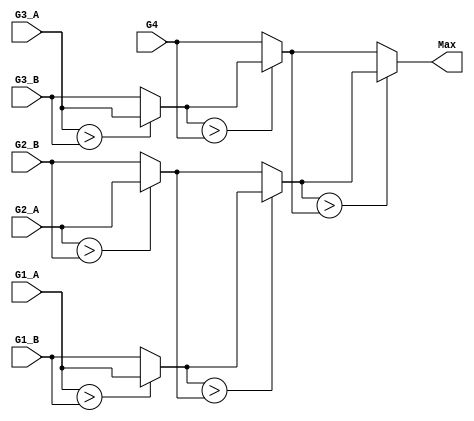
module MAX7 #(
    parameter wordsize = 11
    )(
    input signed [wordsize-1:0] G4,
    input signed [wordsize-1:0] G2_A,
    input signed [wordsize-1:0] G2_B,
    input signed [wordsize-1:0] G3_A,
    input signed [wordsize-1:0] G1_A,
    input signed [wordsize-1:0] G1_B,
    input signed [wordsize-1:0] G3_B,
    output signed [wordsize-1:0] Max
    // output reg [2:0] act
    );
    // `include "./dat/action.dat"
    wire signed [wordsize-1:0] temp_Ix_Iy;
    wire signed [wordsize-1:0] temp_Ixy_Iyz;
    wire signed [wordsize-1:0] temp_Ixz_Iz;
    wire signed [wordsize-1:0] temp_Ixz_Iz_M;
    wire signed [wordsize-1:0] temp_Ix_Iy_Ixy_Iyz;
    wire signed [wordsize-1:0] temp_out;

    assign temp_Ix_Iy   = ($signed(G1_A) > $signed(G1_B))? G1_A : G1_B;
    assign temp_Ixy_Iyz = ($signed(G2_A) > $signed(G2_B))? G2_A : G2_B;
    assign temp_Ixz_Iz  = ($signed(G3_A) > $signed(G3_B))? G3_A : G3_B;

    assign temp_Ix_Iy_Ixy_Iyz = ($signed(temp_Ix_Iy)         > $signed(temp_Ixy_Iyz))?  temp_Ix_Iy         : temp_Ixy_Iyz;
    assign temp_Ixz_Iz_M      = ($signed(temp_Ixz_Iz)        > $signed(G4))?            temp_Ixz_Iz        : G4;
    assign temp_out           = ($signed(temp_Ix_Iy_Ixy_Iyz) > $signed(temp_Ixz_Iz_M))? temp_Ix_Iy_Ixy_Iyz : temp_Ixz_Iz_M;
    assign Max = temp_out;
    // assign act = temp_out[2:0];

endmodule

module PE #(parameter wordsize = 11)
 (clk, rst, M_o, Ix_o, Iy_o, Iz_o, Ixy_o, Iyz_o, Ixz_o, A_i, B_i, C_i, A_o, EN_i,
 M_1_i, Ix_1_i, Iy_1_i, Iz_1_i, Ixy_1_i, Iyz_1_i, Ixz_1_i,
 M_2_i, Ix_2_i, Iy_2_i, Iz_2_i, Ixy_2_i, Iyz_2_i, Ixz_2_i, 
 M_3_i, Ix_3_i, Iy_3_i, Iz_3_i, Ixy_3_i, Iyz_3_i, Ixz_3_i, EN_o, pp_counter);

input clk;
input rst; 
input EN_i;
input [3:0] A_i;
input [3:0] B_i, C_i; //B, C will store in the same PE
input [2:0] pp_counter;
input signed [wordsize-1:0] M_1_i, Ix_1_i, Iy_1_i, Iz_1_i, Ixy_1_i, Iyz_1_i, Ixz_1_i;
input signed [wordsize-1:0] M_2_i, Ix_2_i, Iy_2_i, Iz_2_i, Ixy_2_i, Iyz_2_i, Ixz_2_i;
input signed [wordsize-1:0] M_3_i, Ix_3_i, Iy_3_i, Iz_3_i, Ixy_3_i, Iyz_3_i, Ixz_3_i;
output signed [wordsize-1:0] M_o, Ix_o, Iy_o, Iz_o, Ixy_o, Iyz_o, Ixz_o;
output [3:0] A_o;
output EN_o;


// parameter wordsize = 5;
localparam MATCH = 1;
localparam MISMATCH = -1;
localparam GO = 2;
localparam GE = 1;
localparam GO2 = GO << 1;
localparam GE2 = GE << 1;
localparam GOGE = GO + GE;

reg [1:0] A, nxt_A;
reg [1:0] A_d, nxt_A_d;
reg [1:0] B, nxt_B;
reg [1:0] C, nxt_C;
reg EN, nxt_EN;
reg EN_d, nxt_EN_d;
reg init, nxt_init;

reg signed [wordsize-1:0] M, nxt_M;
reg signed [wordsize-1:0] Ix, nxt_Ix;
reg signed [wordsize-1:0] Iy, nxt_Iy;
reg signed [wordsize-1:0] Iz, nxt_Iz;
reg signed [wordsize-1:0] Ixy, nxt_Ixy;
reg signed [wordsize-1:0] Iyz, nxt_Iyz;
reg signed [wordsize-1:0] Ixz, nxt_Ixz;

reg signed [wordsize-1:0] M_1_d1, nxt_M_1_d1;
reg signed [wordsize-1:0] Ix_1_d1, nxt_Ix_1_d1;
reg signed [wordsize-1:0] Iy_1_d1, nxt_Iy_1_d1;
reg signed [wordsize-1:0] Iz_1_d1, nxt_Iz_1_d1;
reg signed [wordsize-1:0] Ixy_1_d1, nxt_Ixy_1_d1;
reg signed [wordsize-1:0] Iyz_1_d1, nxt_Iyz_1_d1;
reg signed [wordsize-1:0] Ixz_1_d1, nxt_Ixz_1_d1;
reg signed [wordsize-1:0] M_1_d2, nxt_M_1_d2;
reg signed [wordsize-1:0] Ix_1_d2, nxt_Ix_1_d2;
reg signed [wordsize-1:0] Iy_1_d2, nxt_Iy_1_d2;
reg signed [wordsize-1:0] Iz_1_d2, nxt_Iz_1_d2;
reg signed [wordsize-1:0] Ixy_1_d2, nxt_Ixy_1_d2;
reg signed [wordsize-1:0] Iyz_1_d2, nxt_Iyz_1_d2;
reg signed [wordsize-1:0] Ixz_1_d2, nxt_Ixz_1_d2;

reg signed [wordsize-1:0] M_2_d1, nxt_M_2_d1;
reg signed [wordsize-1:0] Ix_2_d1, nxt_Ix_2_d1;
reg signed [wordsize-1:0] Iy_2_d1, nxt_Iy_2_d1;
reg signed [wordsize-1:0] Iz_2_d1, nxt_Iz_2_d1;
reg signed [wordsize-1:0] Ixy_2_d1, nxt_Ixy_2_d1;
reg signed [wordsize-1:0] Iyz_2_d1, nxt_Iyz_2_d1;
reg signed [wordsize-1:0] Ixz_2_d1, nxt_Ixz_2_d1;

reg signed [wordsize-1:0] M_3_d1, nxt_M_3_d1;
reg signed [wordsize-1:0] Ix_3_d1, nxt_Ix_3_d1;
reg signed [wordsize-1:0] Iy_3_d1, nxt_Iy_3_d1;
reg signed [wordsize-1:0] Iz_3_d1, nxt_Iz_3_d1;
reg signed [wordsize-1:0] Ixy_3_d1, nxt_Ixy_3_d1;
reg signed [wordsize-1:0] Iyz_3_d1, nxt_Iyz_3_d1;
reg signed [wordsize-1:0] Ixz_3_d1, nxt_Ixz_3_d1;

// reg signed [wordsize-1:0] M_max_d, nxt_M_max_d;
// reg signed [wordsize-1:0] Ix_max_d, nxt_Ix_max_d;
// reg signed [wordsize-1:0] Iy_max_d, nxt_Iy_max_d;
// reg signed [wordsize-1:0] Iz_max_d, nxt_Iz_max_d;
// reg signed [wordsize-1:0] Ixy_max_d, nxt_Ixy_max_d;
// reg signed [wordsize-1:0] Iyz_max_d, nxt_Iyz_max_d;
// reg signed [wordsize-1:0] Ixz_max_d, nxt_Ixz_max_d;

wire signed [wordsize-1:0] M_max_o;
wire signed [wordsize-1:0] Ix_max_o;
wire signed [wordsize-1:0] Iy_max_o;
wire signed [wordsize-1:0] Iz_max_o;
wire signed [wordsize-1:0] Ixy_max_o;
wire signed [wordsize-1:0] Iyz_max_o;
wire signed [wordsize-1:0] Ixz_max_o;

wire signed [wordsize-1:0] M_max_M_i, M_max_Ix_i, M_max_Iy_i, M_max_Iz_i, M_max_Ixy_i, M_max_Iyz_i, M_max_Ixz_i;
wire signed [wordsize-1:0] Ix_max_M_i, Ix_max_Ix_i, Ix_max_Iy_i, Ix_max_Iz_i, Ix_max_Ixy_i, Ix_max_Iyz_i, Ix_max_Ixz_i;
wire signed [wordsize-1:0] Iy_max_M_i, Iy_max_Ix_i, Iy_max_Iy_i, Iy_max_Iz_i, Iy_max_Ixy_i, Iy_max_Iyz_i, Iy_max_Ixz_i;
wire signed [wordsize-1:0] Iz_max_M_i, Iz_max_Ix_i, Iz_max_Iy_i, Iz_max_Iz_i, Iz_max_Ixy_i, Iz_max_Iyz_i, Iz_max_Ixz_i;
wire signed [wordsize-1:0] Ixy_max_M_i, Ixy_max_Ix_i, Ixy_max_Iy_i, Ixy_max_Iz_i, Ixy_max_Ixy_i, Ixy_max_Iyz_i, Ixy_max_Ixz_i;
wire signed [wordsize-1:0] Iyz_max_M_i, Iyz_max_Ix_i, Iyz_max_Iy_i, Iyz_max_Iz_i, Iyz_max_Ixy_i, Iyz_max_Iyz_i, Iyz_max_Ixz_i;
wire signed [wordsize-1:0] Ixz_max_M_i, Ixz_max_Ix_i, Ixz_max_Iy_i, Ixz_max_Iz_i, Ixz_max_Ixy_i, Ixz_max_Iyz_i, Ixz_max_Ixz_i;

reg signed [wordsize-1:0] M_max_M_d, M_max_Ix_d, M_max_Iy_d, M_max_Iz_d, M_max_Ixy_d, M_max_Iyz_d, M_max_Ixz_d;
reg signed [wordsize-1:0] Ix_max_M_d, Ix_max_Ix_d, Ix_max_Iy_d, Ix_max_Iz_d, Ix_max_Ixy_d, Ix_max_Iyz_d, Ix_max_Ixz_d;
reg signed [wordsize-1:0] Iy_max_M_d, Iy_max_Ix_d, Iy_max_Iy_d, Iy_max_Iz_d, Iy_max_Ixy_d, Iy_max_Iyz_d, Iy_max_Ixz_d;
reg signed [wordsize-1:0] Iz_max_M_d, Iz_max_Ix_d, Iz_max_Iy_d, Iz_max_Iz_d, Iz_max_Ixy_d, Iz_max_Iyz_d, Iz_max_Ixz_d;
reg signed [wordsize-1:0] Ixy_max_M_d, Ixy_max_Ix_d, Ixy_max_Iy_d, Ixy_max_Iz_d, Ixy_max_Ixy_d, Ixy_max_Iyz_d, Ixy_max_Ixz_d;
reg signed [wordsize-1:0] Iyz_max_M_d, Iyz_max_Ix_d, Iyz_max_Iy_d, Iyz_max_Iz_d, Iyz_max_Ixy_d, Iyz_max_Iyz_d, Iyz_max_Ixz_d;
reg signed [wordsize-1:0] Ixz_max_M_d, Ixz_max_Ix_d, Ixz_max_Iy_d, Ixz_max_Iz_d, Ixz_max_Ixy_d, Ixz_max_Iyz_d, Ixz_max_Ixz_d;

reg signed [wordsize-1:0] nxt_M_max_M_d, nxt_M_max_Ix_d, nxt_M_max_Iy_d, nxt_M_max_Iz_d, nxt_M_max_Ixy_d, nxt_M_max_Iyz_d, nxt_M_max_Ixz_d;
reg signed [wordsize-1:0] nxt_Ix_max_M_d, nxt_Ix_max_Ix_d, nxt_Ix_max_Iy_d, nxt_Ix_max_Iz_d, nxt_Ix_max_Ixy_d, nxt_Ix_max_Iyz_d, nxt_Ix_max_Ixz_d;
reg signed [wordsize-1:0] nxt_Iy_max_M_d, nxt_Iy_max_Ix_d, nxt_Iy_max_Iy_d, nxt_Iy_max_Iz_d, nxt_Iy_max_Ixy_d, nxt_Iy_max_Iyz_d, nxt_Iy_max_Ixz_d;
reg signed [wordsize-1:0] nxt_Iz_max_M_d, nxt_Iz_max_Ix_d, nxt_Iz_max_Iy_d, nxt_Iz_max_Iz_d, nxt_Iz_max_Ixy_d, nxt_Iz_max_Iyz_d, nxt_Iz_max_Ixz_d;
reg signed [wordsize-1:0] nxt_Ixy_max_M_d, nxt_Ixy_max_Ix_d, nxt_Ixy_max_Iy_d, nxt_Ixy_max_Iz_d, nxt_Ixy_max_Ixy_d, nxt_Ixy_max_Iyz_d, nxt_Ixy_max_Ixz_d;
reg signed [wordsize-1:0] nxt_Iyz_max_M_d, nxt_Iyz_max_Ix_d, nxt_Iyz_max_Iy_d, nxt_Iyz_max_Iz_d, nxt_Iyz_max_Ixy_d, nxt_Iyz_max_Iyz_d, nxt_Iyz_max_Ixz_d;
reg signed [wordsize-1:0] nxt_Ixz_max_M_d, nxt_Ixz_max_Ix_d, nxt_Ixz_max_Iy_d, nxt_Ixz_max_Iz_d, nxt_Ixz_max_Ixy_d, nxt_Ixz_max_Iyz_d, nxt_Ixz_max_Ixz_d;


wire signed [wordsize-1:0] temp_AB, temp_BC, temp_AC, temp_ABC;

// MAX7 #(.wordsize(wordsize))M_max(.G4(M_max_d), .G1_A(Ix_max_d), .G1_B(Iy_max_d), .G3_A(Iz_max_d), .G2_A(Ixy_max_d), .G2_B(Iyz_max_d), .G3_B(Ixz_max_d), .Max(M_max_o));
// MAX7 #(.wordsize(wordsize))M_max(.G4(M_max_M_i), .G1_A(Ix_max_o), .G1_B(Iy_max_o), .G3_A(Iz_max_o), .G2_A(Ixy_max_o), .G2_B(Iyz_max_o), .G3_B(Ixz_max_o), .Max(M_max_o));
// MAX7 #(.wordsize(wordsize))M_max(.G4(M_max_M_i), .G1_A(M_max_Ix_i), .G1_B(M_max_Iy_i), .G3_A(M_max_Iz_i), .G2_A(M_max_Ixy_i), .G2_B(M_max_Iyz_i), .G3_B(M_max_Ixz_i), .Max(M_max_o));
// MAX7 #(.wordsize(wordsize))Ix_max(.G4(Ix_max_Ix_i), .G1_A(Ix_max_M_i), .G1_B(Ix_max_Iyz_i), .G3_A(Ix_max_Iy_i), .G2_A(Ix_max_Ixy_i), .G2_B(Ix_max_Ixz_i), .G3_B(Ix_max_Iz_i), .Max(Ix_max_o));
// MAX7 #(.wordsize(wordsize))Iy_max(.G4(Iy_max_Iy_i), .G1_A(Iy_max_M_i), .G1_B(Iy_max_Ixz_i), .G3_A(Iy_max_Ix_i), .G2_A(Iy_max_Ixy_i), .G2_B(Iy_max_Iyz_i), .G3_B(Iy_max_Iz_i), .Max(Iy_max_o));
// MAX7 #(.wordsize(wordsize))Iz_max(.G4(Iz_max_Iz_i), .G1_A(Iz_max_M_i), .G1_B(Iz_max_Ixy_i), .G3_A(Iz_max_Ix_i), .G2_A(Iz_max_Ixz_i), .G2_B(Iz_max_Iyz_i), .G3_B(Iz_max_Iy_i), .Max(Iz_max_o));
// MAX7 #(.wordsize(wordsize))Ixy_max(.G4(Ixy_max_Iy_i), .G1_A(Ixy_max_M_i), .G1_B(Ixy_max_Ixz_i), .G3_A(Ixy_max_Iyz_i), .G2_A(Ixy_max_Ixy_i), .G2_B(Ixy_max_Ix_i), .G3_B(Ixy_max_Iz_i), .Max(Ixy_max_o));
// MAX7 #(.wordsize(wordsize))Iyz_max(.G4(Iyz_max_Iz_i), .G1_A(Iyz_max_M_i), .G1_B(Iyz_max_Ixy_i), .G3_A(Iyz_max_Iyz_i), .G2_A(Iyz_max_Ixz_i), .G2_B(Iyz_max_Ix_i), .G3_B(Iyz_max_Iy_i), .Max(Iyz_max_o));
// MAX7 #(.wordsize(wordsize))Ixz_max(.G4(Ixz_max_Iz_i), .G1_A(Ixz_max_M_i), .G1_B(Ixz_max_Ixy_i), .G3_A(Ixz_max_Iyz_i), .G2_A(Ixz_max_Ixz_i), .G2_B(Ixz_max_Ix_i), .G3_B(Ixz_max_Iy_i), .Max(Ixz_max_o));
MAX7 #(.wordsize(wordsize))M_max(.G4(M_max_M_d), .G1_A(M_max_Ix_d), .G1_B(M_max_Iy_d), .G3_A(M_max_Iz_d), .G2_A(M_max_Ixy_d), .G2_B(M_max_Iyz_d), .G3_B(M_max_Ixz_d), .Max(M_max_o));
MAX7 #(.wordsize(wordsize))Ix_max(.G4(Ix_max_Ix_d), .G1_A(Ix_max_M_d), .G1_B(Ix_max_Iyz_d), .G3_A(Ix_max_Iy_d), .G2_A(Ix_max_Ixy_d), .G2_B(Ix_max_Ixz_d), .G3_B(Ix_max_Iz_d), .Max(Ix_max_o));
MAX7 #(.wordsize(wordsize))Iy_max(.G4(Iy_max_Iy_d), .G1_A(Iy_max_M_d), .G1_B(Iy_max_Ixz_d), .G3_A(Iy_max_Ix_d), .G2_A(Iy_max_Ixy_d), .G2_B(Iy_max_Iyz_d), .G3_B(Iy_max_Iz_d), .Max(Iy_max_o));
MAX7 #(.wordsize(wordsize))Iz_max(.G4(Iz_max_Iz_d), .G1_A(Iz_max_M_d), .G1_B(Iz_max_Ixy_d), .G3_A(Iz_max_Ix_d), .G2_A(Iz_max_Ixz_d), .G2_B(Iz_max_Iyz_d), .G3_B(Iz_max_Iy_d), .Max(Iz_max_o));
MAX7 #(.wordsize(wordsize))Ixy_max(.G4(Ixy_max_Iy_d), .G1_A(Ixy_max_M_d), .G1_B(Ixy_max_Ixz_d), .G3_A(Ixy_max_Iyz_d), .G2_A(Ixy_max_Ixy_d), .G2_B(Ixy_max_Ix_d), .G3_B(Ixy_max_Iz_d), .Max(Ixy_max_o));
MAX7 #(.wordsize(wordsize))Iyz_max(.G4(Iyz_max_Iz_d), .G1_A(Iyz_max_M_d), .G1_B(Iyz_max_Ixy_d), .G3_A(Iyz_max_Iyz_d), .G2_A(Iyz_max_Ixz_d), .G2_B(Iyz_max_Ix_d), .G3_B(Iyz_max_Iy_d), .Max(Iyz_max_o));
MAX7 #(.wordsize(wordsize))Ixz_max(.G4(Ixz_max_Iz_d), .G1_A(Ixz_max_M_d), .G1_B(Ixz_max_Ixy_d), .G3_A(Ixz_max_Iyz_d), .G2_A(Ixz_max_Ixz_d), .G2_B(Ixz_max_Ix_d), .G3_B(Ixz_max_Iy_d), .Max(Ixz_max_o));

//PE output assignment
assign M_o = (EN==1)?  M : 5'bz;
assign Ix_o = Ix;
assign Iy_o = Iy;
assign Iz_o = Iz;
assign Ixy_o = Ixy;
assign Ixz_o = Ixz;
assign Iyz_o = Iyz;
assign A_o = A;
assign EN_o = EN;

//Max input assignment
  assign temp_AB = (A==B)? MATCH : MISMATCH;
  assign temp_BC = (B==C)? MATCH : MISMATCH;
  assign temp_AC = (A==C)? MATCH : MISMATCH;
  assign temp_ABC = (A==B)? (B==C)? (A==C)? MATCH*3 : (MATCH<<1+MISMATCH) : (MATCH+MISMATCH<<1) : MISMATCH*3;
  //M max
  assign M_max_M_i   = (EN_i==1&&EN==0)? $signed(0+temp_ABC) : $signed(M_1_d2+temp_ABC);
  assign M_max_Ix_i  = (EN_i==1&&EN==0)? $signed(0+temp_ABC) : $signed(Ix_1_d2+temp_ABC);
  assign M_max_Iy_i  = (EN_i==1&&EN==0)? $signed(0+temp_ABC) : $signed(Iy_1_d2+temp_ABC);
  assign M_max_Iz_i  = (EN_i==1&&EN==0)? $signed(0+temp_ABC) : $signed(Iz_1_d2+temp_ABC);
  assign M_max_Ixy_i = (EN_i==1&&EN==0)? $signed(0+temp_ABC) : $signed(Ixy_1_d2+temp_ABC);
  assign M_max_Iyz_i = (EN_i==1&&EN==0)? $signed(0+temp_ABC) : $signed(Iyz_1_d2+temp_ABC);
  assign M_max_Ixz_i = (EN_i==1&&EN==0)? $signed(0+temp_ABC) : $signed(Ixz_1_d2+temp_ABC);
  //Ix max
  assign Ix_max_M_i   = (EN_i==1&&EN==0)? $signed(0-GO2) : $signed(M-GO2);
  assign Ix_max_Ix_i  = (EN_i==1&&EN==0)? $signed(0-GE2) : $signed(Ix-GE2);
  assign Ix_max_Iy_i  = (EN_i==1&&EN==0)? $signed(0-GOGE) : $signed(Iy-GOGE);
  assign Ix_max_Iz_i  = (EN_i==1&&EN==0)? $signed(0-GOGE) : $signed(Iz-GOGE);
  assign Ix_max_Ixy_i = (EN_i==1&&EN==0)? $signed(0-GOGE) : $signed(Ixy-GOGE);
  assign Ix_max_Iyz_i = (EN_i==1&&EN==0)? $signed(0-GO2) : $signed(Iyz-GO2);
  assign Ix_max_Ixz_i = (EN_i==1&&EN==0)? $signed(0-GOGE) : $signed(Ixz-GOGE);
  //Iy max
  assign Iy_max_M_i   = $signed(M_2_i-GO2);
  assign Iy_max_Ix_i  = $signed(Ix_2_i-GOGE);
  assign Iy_max_Iy_i  = $signed(Iy_2_i-GE2);
  assign Iy_max_Iz_i  = $signed(Iz_2_i-GOGE);
  assign Iy_max_Ixy_i = $signed(Ixy_2_i-GOGE);
  assign Iy_max_Iyz_i = $signed(Iyz_2_i-GOGE);
  assign Iy_max_Ixz_i = $signed(Ixz_2_i-GO2);
  //Iz max
  assign Iz_max_M_i   = $signed(M_3_i-GO2);
  assign Iz_max_Ix_i  = $signed(Ix_3_i-GOGE);
  assign Iz_max_Iy_i  = $signed(Iy_3_i-GOGE);
  assign Iz_max_Iz_i  = $signed(Iz_3_i-GE2);
  assign Iz_max_Ixy_i = $signed(Ixy_3_i-GO2);
  assign Iz_max_Iyz_i = $signed(Iyz_3_i-GOGE);
  assign Iz_max_Ixz_i = $signed(Ixz_3_i-GOGE);
  //Ixy max
  assign Ixy_max_M_i   = (EN_i==1&&EN==0)? $signed(0-GO+temp_AB) : $signed(M_2_d1-GO+temp_AB);
  assign Ixy_max_Ix_i  = (EN_i==1&&EN==0)? $signed(0-GE+temp_AB) : $signed(Ix_2_d1-GE+temp_AB);
  assign Ixy_max_Iy_i  = (EN_i==1&&EN==0)? $signed(0-GE+temp_AB) : $signed(Iy_2_d1-GE+ temp_AB);
  assign Ixy_max_Iz_i  = (EN_i==1&&EN==0)? $signed(0-GO+temp_AB) : $signed(Iz_2_d1-GO+temp_AB);
  assign Ixy_max_Ixy_i = (EN_i==1&&EN==0)? $signed(0-GE+temp_AB) : $signed(Ixy_2_d1-GE+temp_AB);
  assign Ixy_max_Iyz_i = (EN_i==1&&EN==0)? $signed(0-GO+temp_AB) : $signed(Iyz_2_d1-GO+temp_AB);
  assign Ixy_max_Ixz_i = (EN_i==1&&EN==0)? $signed(0-GO+temp_AB) : $signed(Ixz_2_d1-GO+temp_AB);
  //Iyz max
  assign Iyz_max_M_i   = $signed(M_1_d1-GO+temp_BC);
  assign Iyz_max_Ix_i  = $signed(Ix_1_d1-GO+temp_BC);
  assign Iyz_max_Iy_i  = $signed(Iy_1_d1-GE+temp_BC);
  assign Iyz_max_Iz_i  = $signed(Iz_1_d1-GE+temp_BC);
  assign Iyz_max_Ixy_i = $signed(Ixy_1_d1-GO+temp_BC);
  assign Iyz_max_Iyz_i = $signed(Iyz_1_d1-GE+temp_BC);
  assign Iyz_max_Ixz_i = $signed(Ixz_1_d1-GO+temp_BC);
  //Ixz max
  assign Ixz_max_M_i   = (EN_i==1&&EN==0)? $signed(0-GO+temp_AC) : $signed(M_3_d1-GO+temp_AC);
  assign Ixz_max_Ix_i  = (EN_i==1&&EN==0)? $signed(0-GE+temp_AC) : $signed(Ix_3_d1-GE+temp_AC);
  assign Ixz_max_Iy_i  = (EN_i==1&&EN==0)? $signed(0-GO+temp_AC) : $signed(Iy_3_d1-GO+temp_AC);
  assign Ixz_max_Iz_i  = (EN_i==1&&EN==0)? $signed(0-GE+temp_AC) : $signed(Iz_3_d1-GE+temp_AC);
  assign Ixz_max_Ixy_i = (EN_i==1&&EN==0)? $signed(0-GO+temp_AC) : $signed(Ixy_3_d1-GO+temp_AC);
  assign Ixz_max_Iyz_i = (EN_i==1&&EN==0)? $signed(0-GO+temp_AC) : $signed(Iyz_3_d1-GO+temp_AC);
  assign Ixz_max_Ixz_i = (EN_i==1&&EN==0)? $signed(0-GE+temp_AC) : $signed(Ixz_3_d1-GE+temp_AC);
//end Max input


always @( * )begin
  nxt_init = init;
  if(EN)begin
    nxt_init = 1;
  end
end

//Max input delay assignment
always @( * )begin
  nxt_M_max_M_d = M_max_M_i;
  nxt_M_max_Ix_d = M_max_Ix_i;
  nxt_M_max_Iy_d = M_max_Iy_i;
  nxt_M_max_Iz_d = M_max_Iz_i;
  nxt_M_max_Ixy_d = M_max_Ixy_i;
  nxt_M_max_Iyz_d = M_max_Iyz_i;
  nxt_M_max_Ixz_d = M_max_Ixz_i;

  nxt_Ix_max_M_d = Ix_max_M_i;
  nxt_Ix_max_Ix_d = Ix_max_Ix_i;
  nxt_Ix_max_Iy_d = Ix_max_Iy_i;
  nxt_Ix_max_Iz_d = Ix_max_Iz_i;
  nxt_Ix_max_Ixy_d = Ix_max_Ixy_i;
  nxt_Ix_max_Iyz_d = Ix_max_Iyz_i;
  nxt_Ix_max_Ixz_d = Ix_max_Ixz_i;

  nxt_Iy_max_M_d = Iy_max_M_i;
  nxt_Iy_max_Ix_d = Iy_max_Ix_i;
  nxt_Iy_max_Iy_d = Iy_max_Iy_i;
  nxt_Iy_max_Iz_d = Iy_max_Iz_i;
  nxt_Iy_max_Ixy_d = Iy_max_Ixy_i;
  nxt_Iy_max_Iyz_d = Iy_max_Iyz_i;
  nxt_Iy_max_Ixz_d = Iy_max_Ixz_i;

  nxt_Iz_max_M_d = Iz_max_M_i;
  nxt_Iz_max_Ix_d = Iz_max_Ix_i;
  nxt_Iz_max_Iy_d = Iz_max_Iy_i;
  nxt_Iz_max_Iz_d = Iz_max_Iz_i;
  nxt_Iz_max_Ixy_d = Iz_max_Ixy_i;
  nxt_Iz_max_Iyz_d = Iz_max_Iyz_i;
  nxt_Iz_max_Ixz_d = Iz_max_Ixz_i;

  nxt_Ixy_max_M_d = Ixy_max_M_i;
  nxt_Ixy_max_Ix_d = Ixy_max_Ix_i;
  nxt_Ixy_max_Iy_d = Ixy_max_Iy_i;
  nxt_Ixy_max_Iz_d = Ixy_max_Iz_i;
  nxt_Ixy_max_Ixy_d = Ixy_max_Ixy_i;
  nxt_Ixy_max_Iyz_d = Ixy_max_Iyz_i;
  nxt_Ixy_max_Ixz_d = Ixy_max_Ixz_i;

  nxt_Iyz_max_M_d = Iyz_max_M_i;
  nxt_Iyz_max_Ix_d = Iyz_max_Ix_i;
  nxt_Iyz_max_Iy_d = Iyz_max_Iy_i;
  nxt_Iyz_max_Iz_d = Iyz_max_Iz_i;
  nxt_Iyz_max_Ixy_d = Iyz_max_Ixy_i;
  nxt_Iyz_max_Iyz_d = Iyz_max_Iyz_i;
  nxt_Iyz_max_Ixz_d = Iyz_max_Ixz_i;

  nxt_Ixz_max_M_d = Ixz_max_M_i;
  nxt_Ixz_max_Ix_d = Ixz_max_Ix_i;
  nxt_Ixz_max_Iy_d = Ixz_max_Iy_i;
  nxt_Ixz_max_Iz_d = Ixz_max_Iz_i;
  nxt_Ixz_max_Ixy_d = Ixz_max_Ixy_i;
  nxt_Ixz_max_Iyz_d = Ixz_max_Iyz_i;
  nxt_Ixz_max_Ixz_d = Ixz_max_Ixz_i;
end


//Max output assignment
always @( * )begin
  nxt_M = M_max_o;
  nxt_Ix = Ix_max_o;
  nxt_Iy = Iy_max_o;
  nxt_Iz = Iz_max_o;
  nxt_Ixy = Ixy_max_o;
  nxt_Iyz = Iyz_max_o;
  nxt_Ixz = Ixz_max_o;
  // nxt_M = M_max_d;
  // nxt_Ix = Ix_max_d;
  // nxt_Iy = Iy_max_d;
  // nxt_Iz = Iz_max_d;
  // nxt_Ixy = Ixy_max_d;
  // nxt_Iyz = Iyz_max_d;
  // nxt_Ixz = Ixz_max_d;

end


//Delay register assignment
always @( * )begin
  nxt_M_1_d2 = M_1_d1;
  nxt_Ix_1_d2 = Ix_1_d1;
  nxt_Iy_1_d2 = Iy_1_d1;
  nxt_Iz_1_d2 = Iz_1_d1;
  nxt_Ixy_1_d2 = Ixy_1_d1;
  nxt_Iyz_1_d2 = Iyz_1_d1;
  nxt_Ixz_1_d2 = Ixz_1_d1;

  // nxt_M_max_d = M_max_o;
  // nxt_Ix_max_d = Ix_max_o;
  // nxt_Iy_max_d = Iy_max_o;
  // nxt_Iz_max_d = Iz_max_o;
  // nxt_Ixy_max_d = Ixy_max_o;
  // nxt_Iyz_max_d = Iyz_max_o;
  // nxt_Ixz_max_d = Ixz_max_o;
end

//PE input assignment
always @( * )begin
  nxt_M_1_d1 = M_1_i;
  nxt_Ix_1_d1 = Ix_1_i;
  nxt_Iy_1_d1 = Iy_1_i;
  nxt_Iz_1_d1 = Iz_1_i;
  nxt_Ixy_1_d1 = Ixy_1_i;
  nxt_Iyz_1_d1 = Iyz_1_i;
  nxt_Ixz_1_d1 = Ixz_1_i;

  nxt_M_2_d1 = M_2_i;
  nxt_Ix_2_d1 = Ix_2_i;
  nxt_Iy_2_d1 = Iy_2_i;
  nxt_Iz_2_d1 = Iz_2_i;
  nxt_Ixy_2_d1 = Ixy_2_i;
  nxt_Iyz_2_d1 = Iyz_2_i;
  nxt_Ixz_2_d1 = Ixz_2_i;

  nxt_M_3_d1 = M_3_i;
  nxt_Ix_3_d1 = Ix_3_i;
  nxt_Iy_3_d1 = Iy_3_i;
  nxt_Iz_3_d1 = Iz_3_i;
  nxt_Ixy_3_d1 = Ixy_3_i;
  nxt_Iyz_3_d1 = Iyz_3_i;
  nxt_Ixz_3_d1 = Ixz_3_i;

  nxt_A = A_d;
  nxt_A_d = A_i;
  // nxt_A = A_i;
  nxt_B = B_i;
  nxt_C = C_i;
  nxt_EN = EN_d;
  nxt_EN_d = EN_i;
  // nxt_EN = EN_i;
end


//Sequential part
always @(posedge clk or posedge rst)begin
  if(rst)begin
    M_max_M_d <= 0;
    M_max_Ix_d <= 0;
    M_max_Iy_d <= 0;
    M_max_Iz_d <= 0;
    M_max_Ixy_d <= 0;
    M_max_Iyz_d <= 0;
    M_max_Ixz_d <= 0;
    Ix_max_M_d <= 0;
    Ix_max_Ix_d <= 0;
    Ix_max_Iy_d <= 0;
    Ix_max_Iz_d <= 0;
    Ix_max_Ixy_d <= 0;
    Ix_max_Iyz_d <= 0;
    Ix_max_Ixz_d <= 0;
    Iy_max_M_d <= 0;
    Iy_max_Ix_d <= 0;
    Iy_max_Iy_d <= 0;
    Iy_max_Iz_d <= 0;
    Iy_max_Ixy_d <= 0;
    Iy_max_Iyz_d <= 0;
    Iy_max_Ixz_d <= 0;
    Iz_max_M_d <= 0;
    Iz_max_Ix_d <= 0;
    Iz_max_Iy_d <= 0;
    Iz_max_Iz_d <= 0;
    Iz_max_Ixy_d <= 0;
    Iz_max_Iyz_d <= 0;
    Iz_max_Ixz_d <= 0;
    Ixy_max_M_d <= 0;
    Ixy_max_Ix_d <= 0;
    Ixy_max_Iy_d <= 0;
    Ixy_max_Iz_d <= 0;
    Ixy_max_Ixy_d <= 0;
    Ixy_max_Iyz_d <= 0;
    Ixy_max_Ixz_d <= 0;
    Iyz_max_M_d <= 0;
    Iyz_max_Ix_d <= 0;
    Iyz_max_Iy_d <= 0;
    Iyz_max_Iz_d <= 0;
    Iyz_max_Ixy_d <= 0;
    Iyz_max_Iyz_d <= 0;
    Iyz_max_Ixz_d <= 0;
    Ixz_max_M_d <= 0;
    Ixz_max_Ix_d <= 0;
    Ixz_max_Iy_d <= 0;
    Ixz_max_Iz_d <= 0;
    Ixz_max_Ixy_d <= 0;
    Ixz_max_Iyz_d <= 0;
    Ixz_max_Ixz_d <= 0;
  end else begin
    M_max_M_d <= nxt_M_max_M_d;
    M_max_Ix_d <= nxt_M_max_Ix_d;
    M_max_Iy_d <= nxt_M_max_Iy_d;
    M_max_Iz_d <= nxt_M_max_Iz_d;
    M_max_Ixy_d <= nxt_M_max_Ixy_d;
    M_max_Iyz_d <= nxt_M_max_Iyz_d;
    M_max_Ixz_d <= nxt_M_max_Ixz_d;
    Ix_max_M_d <= nxt_Ix_max_M_d;
    Ix_max_Ix_d <= nxt_Ix_max_Ix_d;
    Ix_max_Iy_d <= nxt_Ix_max_Iy_d;
    Ix_max_Iz_d <= nxt_Ix_max_Iz_d;
    Ix_max_Ixy_d <= nxt_Ix_max_Ixy_d;
    Ix_max_Iyz_d <= nxt_Ix_max_Iyz_d;
    Ix_max_Ixz_d <= nxt_Ix_max_Ixz_d;
    Iy_max_M_d <= nxt_Iy_max_M_d;
    Iy_max_Ix_d <= nxt_Iy_max_Ix_d;
    Iy_max_Iy_d <= nxt_Iy_max_Iy_d;
    Iy_max_Iz_d <= nxt_Iy_max_Iz_d;
    Iy_max_Ixy_d <= nxt_Iy_max_Ixy_d;
    Iy_max_Iyz_d <= nxt_Iy_max_Iyz_d;
    Iy_max_Ixz_d <= nxt_Iy_max_Ixz_d;
    Iz_max_M_d <= nxt_Iz_max_M_d;
    Iz_max_Ix_d <= nxt_Iz_max_Ix_d;
    Iz_max_Iy_d <= nxt_Iz_max_Iy_d;
    Iz_max_Iz_d <= nxt_Iz_max_Iz_d;
    Iz_max_Ixy_d <= nxt_Iz_max_Ixy_d;
    Iz_max_Iyz_d <= nxt_Iz_max_Iyz_d;
    Iz_max_Ixz_d <= nxt_Iz_max_Ixz_d;
    Ixy_max_M_d <= nxt_Ixy_max_M_d;
    Ixy_max_Ix_d <= nxt_Ixy_max_Ix_d;
    Ixy_max_Iy_d <= nxt_Ixy_max_Iy_d;
    Ixy_max_Iz_d <= nxt_Ixy_max_Iz_d;
    Ixy_max_Ixy_d <= nxt_Ixy_max_Ixy_d;
    Ixy_max_Iyz_d <= nxt_Ixy_max_Iyz_d;
    Ixy_max_Ixz_d <= nxt_Ixy_max_Ixz_d;
    Iyz_max_M_d <= nxt_Iyz_max_M_d;
    Iyz_max_Ix_d <= nxt_Iyz_max_Ix_d;
    Iyz_max_Iy_d <= nxt_Iyz_max_Iy_d;
    Iyz_max_Iz_d <= nxt_Iyz_max_Iz_d;
    Iyz_max_Ixy_d <= nxt_Iyz_max_Ixy_d;
    Iyz_max_Iyz_d <= nxt_Iyz_max_Iyz_d;
    Iyz_max_Ixz_d <= nxt_Iyz_max_Ixz_d;
    Ixz_max_M_d <= nxt_Ixz_max_M_d;
    Ixz_max_Ix_d <= nxt_Ixz_max_Ix_d;
    Ixz_max_Iy_d <= nxt_Ixz_max_Iy_d;
    Ixz_max_Iz_d <= nxt_Ixz_max_Iz_d;
    Ixz_max_Ixy_d <= nxt_Ixz_max_Ixy_d;
    Ixz_max_Iyz_d <= nxt_Ixz_max_Iyz_d;
    Ixz_max_Ixz_d <= nxt_Ixz_max_Ixz_d;
  end
end

always @(posedge clk or posedge rst)begin
  if(rst)begin
    M <= 0;
    Ix <= 0;
    Iy <= 0;
    Iz <= 0;
    Ixy <= 0;
    Iyz <= 0;
    Ixz <= 0;
    // M_max_d <= 0;
    // Ix_max_d <= 0;
    // Iy_max_d <= 0;
    // Iz_max_d <= 0;
    // Ixy_max_d <= 0;
    // Iyz_max_d <= 0;
    // Ixz_max_d <= 0;
    A <= 2'bz;
    A_d <= 2'bz;
    B <= 2'bz;
    C <= 2'bz;
    EN <= 0;
    init <= 0;
  end else begin
    M <= nxt_M;
    Ix <= nxt_Ix;
    Iy <= nxt_Iy;
    Iz <= nxt_Iz;
    Ixy <= nxt_Ixy;
    Iyz <= nxt_Iyz;
    Ixz <= nxt_Ixz;
    // M_max_d <= nxt_M_max_d;
    // Ix_max_d <= nxt_Ix_max_d;
    // Iy_max_d <= nxt_Iy_max_d;
    // Iz_max_d <= nxt_Iz_max_d;
    // Ixy_max_d <= nxt_Ixy_max_d;
    // Iyz_max_d <= nxt_Iyz_max_d;
    // Ixz_max_d <= nxt_Ixz_max_d;
    A <= nxt_A;
    A_d <= nxt_A_d;
    B <= nxt_B;
    C <= nxt_C;
    EN <= nxt_EN;
    init <= nxt_init;
  end
end

//Enable delay register
always @(posedge clk or posedge rst)begin
  if(rst)begin
    EN_d <= 0;
  end else begin
    EN_d <= nxt_EN_d;
  end
end

//Delay registers Sequential part
always @(posedge clk or posedge rst)begin
  if(rst)begin
    M_1_d1 <= 0;
    Ixy_1_d1 <= 0;
    Iyz_1_d1 <= 0;
    Ixz_1_d1 <= 0;
    Ix_1_d1 <= 0;
    Iy_1_d1 <= 0;
    Iz_1_d1 <= 0;
    M_1_d2 <= 0;
    Ixy_1_d2 <= 0;
    Iyz_1_d2 <= 0;
    Ixz_1_d2 <= 0;
    Ix_1_d2 <= 0;
    Iy_1_d2 <= 0;
    Iz_1_d2 <= 0;
    M_2_d1 <= 0;
    Ixy_2_d1 <= 0;
    Iyz_2_d1 <= 0;
    Ixz_2_d1 <= 0;
    Ix_2_d1 <= 0;
    Iy_2_d1 <= 0;
    Iz_2_d1 <= 0;
    M_3_d1 <= 0;
    Ixy_3_d1 <= 0;
    Iyz_3_d1 <= 0;
    Ixz_3_d1 <= 0;
    Ix_3_d1 <= 0;
    Iy_3_d1 <= 0;
    Iz_3_d1 <= 0;
    // Ix_max_d <= 0;
  end else if(pp_counter == 1) begin
    M_1_d1 <= nxt_M_1_d1;
    Ix_1_d1 <= nxt_Ix_1_d1;
    Iy_1_d1 <= nxt_Iy_1_d1;
    Iz_1_d1 <= nxt_Iz_1_d1;
    Ixy_1_d1 <= nxt_Ixy_1_d1;
    Iyz_1_d1 <= nxt_Iyz_1_d1;
    Ixz_1_d1 <= nxt_Ixz_1_d1;
    M_1_d2 <= nxt_M_1_d2;
    Ix_1_d2 <= nxt_Ix_1_d2;
    Iy_1_d2 <= nxt_Iy_1_d2;
    Iz_1_d2 <= nxt_Iz_1_d2;
    Ixy_1_d2 <= nxt_Ixy_1_d2;
    Iyz_1_d2 <= nxt_Iyz_1_d2;
    Ixz_1_d2 <= nxt_Ixz_1_d2;
    M_2_d1 <= nxt_M_2_d1;
    Ix_2_d1 <= nxt_Ix_2_d1;
    Iy_2_d1 <= nxt_Iy_2_d1;
    Iz_2_d1 <= nxt_Iz_2_d1;
    Ixy_2_d1 <= nxt_Ixy_2_d1;
    Iyz_2_d1 <= nxt_Iyz_2_d1;
    Ixz_2_d1 <= nxt_Ixz_2_d1;
    M_3_d1 <= nxt_M_3_d1;
    Ix_3_d1 <= nxt_Ix_3_d1;
    Iy_3_d1 <= nxt_Iy_3_d1;
    Iz_3_d1 <= nxt_Iz_3_d1;
    Ixy_3_d1 <= nxt_Ixy_3_d1;
    Iyz_3_d1 <= nxt_Iyz_3_d1;
    Ixz_3_d1 <= nxt_Ixz_3_d1;
  end else begin
    M_1_d1 <= M_1_d1;
    Ix_1_d1 <= Ix_1_d1;
    Iy_1_d1 <= Iy_1_d1;
    Iz_1_d1 <= Iz_1_d1;
    Ixy_1_d1 <= Ixy_1_d1;
    Iyz_1_d1 <= Iyz_1_d1;
    Ixz_1_d1 <= Ixz_1_d1;
    M_1_d2 <= M_1_d2;
    Ix_1_d2 <= Ix_1_d2;
    Iy_1_d2 <= Iy_1_d2;
    Iz_1_d2 <= Iz_1_d2;
    Ixy_1_d2 <= Ixy_1_d2;
    Iyz_1_d2 <= Iyz_1_d2;
    Ixz_1_d2 <= Ixz_1_d2;
    M_2_d1 <= M_2_d1;
    Ix_2_d1 <= Ix_2_d1;
    Iy_2_d1 <= Iy_2_d1;
    Iz_2_d1 <= Iz_2_d1;
    Ixy_2_d1 <= Ixy_2_d1;
    Iyz_2_d1 <= Iyz_2_d1;
    Ixz_2_d1 <= Ixz_2_d1;
    M_3_d1 <= M_3_d1;
    Ix_3_d1 <= Ix_3_d1;
    Iy_3_d1 <= Iy_3_d1;
    Iz_3_d1 <= Iz_3_d1;
    Ixy_3_d1 <= Ixy_3_d1;
    Iyz_3_d1 <= Iyz_3_d1;
    Ixz_3_d1 <= Ixz_3_d1;
    // Ix_max_d <= Ix_max_d;
  end
end


endmodule